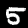
Digit: 5